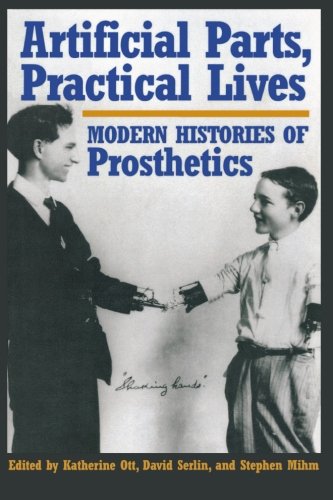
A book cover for Artificial Parts, Practical Lives: Modern Histories of Prosthetics; Medical Books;